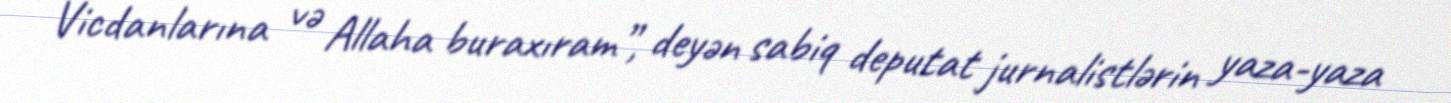
Vicdanlarına və Allaha buraxıram”, deyən sabiq deputat jurnalistlərin yaza-yaza